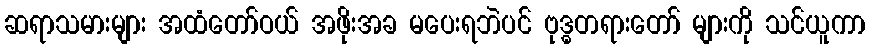
ဆရာသမားများ အထံတော်ဝယ် အဖိုးအခ မပေးရဘဲပင် ဗုဒ္ဓတရားတော် များကို သင်ယူကာ